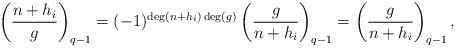
\begin{align*}\left(\frac{n + h_i}{g}\right)_{q - 1} = (-1)^{\deg(n + h_i)\deg(g)}\left(\frac{g}{n + h_i}\right)_{q - 1} = \left(\frac{g}{n + h_i}\right)_{q - 1},\end{align*}